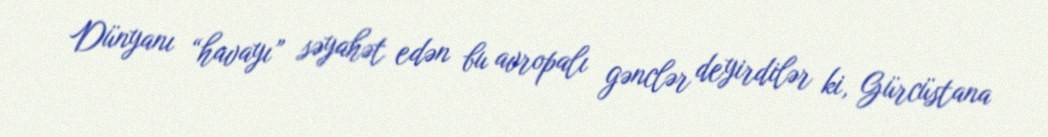
Dünyanı “havayı” səyahət edən bu avropalı gənclər deyirdilər ki, Gürcüstana